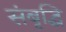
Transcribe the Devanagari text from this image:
संबृद्धि